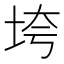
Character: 垮